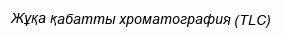
Жұқа қабатты хроматография (TLC)